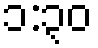
၁:၃၀